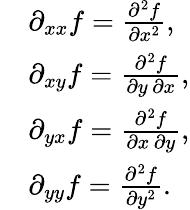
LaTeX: {\begin{array}{rl}&{\partial_{xx}f={\frac{\partial^{2}f}{\partial x^{2}}},}\\ &{\partial_{xy}f={\frac{\partial^{2}f}{\partial y\, \partial x}},}\\ &{\partial_{yx}f={\frac{\partial^{2}f}{\partial x\, \partial y}},}\\ &{\partial_{yy}f={\frac{\partial^{2}f}{\partial y^{2}}}.}\end{array}}